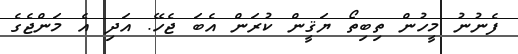
ފެނުނު މީހުން ތިބިތޯ ޔަޤީން ކުރަން އެބަ ޖެހޭ. އަދި އެ މަންޖެގެ